Civil Veterinary Department. Madras. Admin. report 1910-25 - 1910-1925
Year: 1910
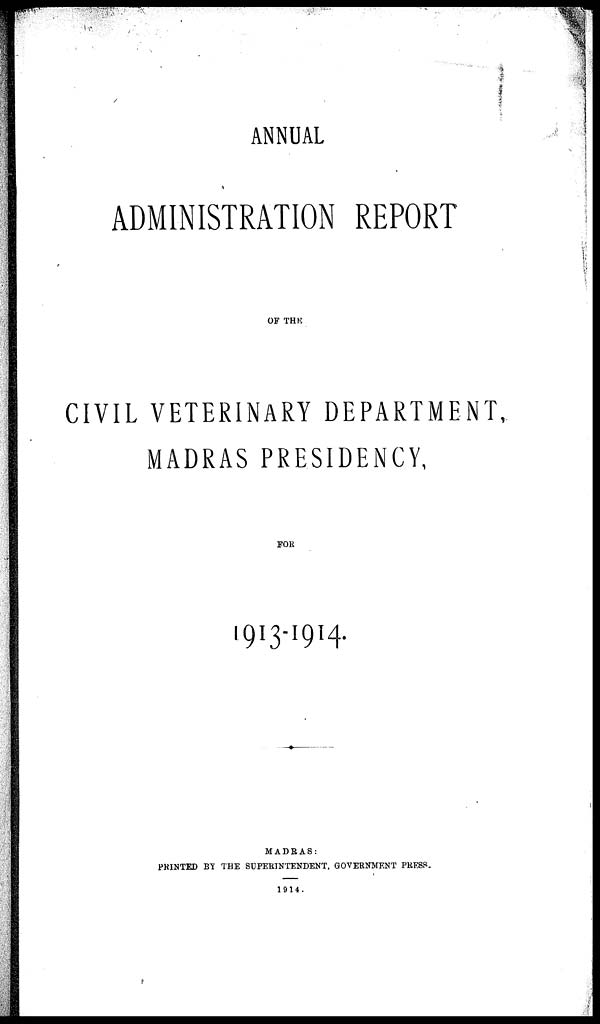
ANNUAL
ADMINISTRATION REPORT
OF THE
CIVIL VETERINARY DEPARTMENT
MADRAS PRESIDENCY,
FOR
1913-1914.
MADRAS:
PRINTED BY THE SUPERINTENDENT, GOVERNMENT PRESS.
1914.